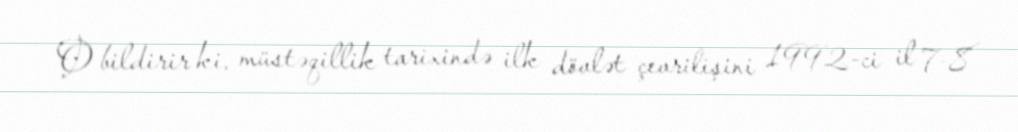
O bildirir ki, müstəqillik tarixində ilk dövlət çevrilişini 1992-ci il 7-8